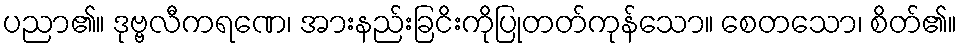
ပညာ၏။ ဒုဗ္ဗလီကရဏေ၊ အားနည်းခြငိးကိုပြုတတ်ကုန်သော။ စေတသော၊ စိတ်၏။